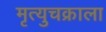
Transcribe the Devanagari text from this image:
मृत्युचक्राला